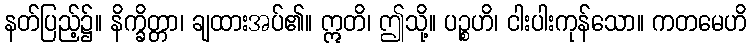
နတ်ပြည့်၌။ နိက္ခိတ္တာ၊ ချထားအပ်၏။ ဣတိ၊ ဤသို့။ ပဉ္စဟိ၊ ငါးပါးကုန်သော။ ကတမေဟိ